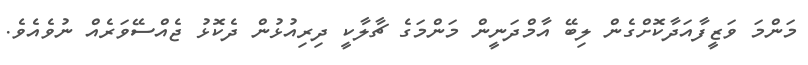
މަންމަ ވަޒީފާއަދާކޮށްގެން ލިބޭ އާމްދަނީން މަންމަގެ ޗާލާކީ ދިރިއުޅުން ދެކޮޅު ޖެއްސޭވަރެއް ނުވެއެވެ.